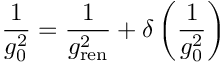
{ \frac { 1 } { g _ { 0 } ^ { 2 } } } = { \frac { 1 } { g _ { \mathrm { r e n } } ^ { 2 } } } + \delta \left( \frac { 1 } { g _ { 0 } ^ { 2 } } \right)